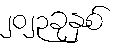
၂၀၂၃ခုနှစ်